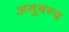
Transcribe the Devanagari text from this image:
अनुबन्द